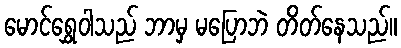
မောင်ရွှေဝါသည် ဘာမှ မပြောဘဲ တိတ်နေသည်။